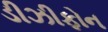
ડીઝીફોન